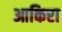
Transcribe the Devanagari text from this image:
आकिरा